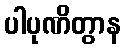
ပါပုဏိတွာန